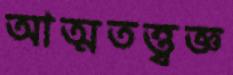
আত্মতত্ত্বজ্ঞ